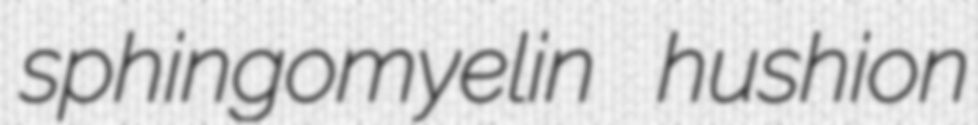
sphingomyelin hushion